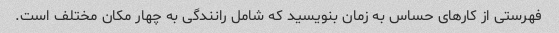
فهرستی از کارهای حساس به زمان بنویسید که شامل رانندگی به چهار مکان مختلف است.